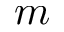
m